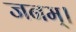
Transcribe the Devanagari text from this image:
जनम्।